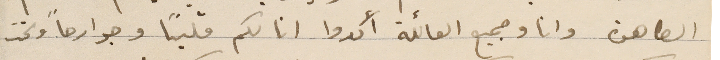
الطاهرة وانا وجميع العائلة أكدوا انا لكم قلباً وجوارحاً وتحت